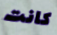
كانت